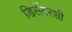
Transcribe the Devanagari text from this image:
डिसेंबरशी